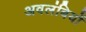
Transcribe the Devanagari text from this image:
अवलंबियों